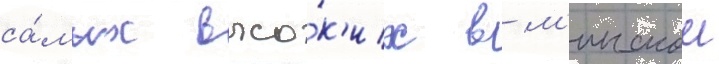
са́мых высо́к'их в м'инскои